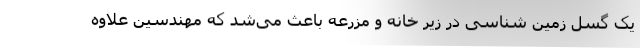
یک گسل زمین شناسی در زیر خانه و مزرعه باعث می‌شد که مهندسین علاوه